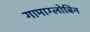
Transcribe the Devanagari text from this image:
गामाग्लोबिन